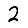
Digit: 2